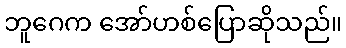
ဘူဂေက အော်ဟစ်ပြောဆိုသည်။